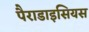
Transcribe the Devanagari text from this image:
पैराडाइसियस